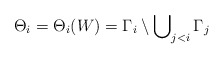
\begin{align*}\Theta_i = \Theta_i(W) = \Gamma_i \setminus \bigcup\nolimits_{j<i} \Gamma_j\end{align*}